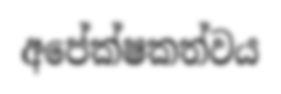
අපේක්ෂකත්වය